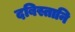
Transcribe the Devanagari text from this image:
दबिस्तानि